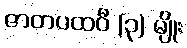
ဇာတပထဝီ (၃) မျိုး